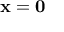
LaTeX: \mathbf { x } = \mathbf { 0 }